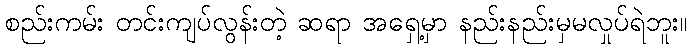
စည်းကမ်း တင်းကျပ်လွန်းတဲ့ ဆရာ အရှေ့မှာ နည်းနည်းမှမလှုပ်ရဲဘူး။